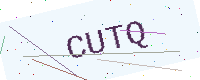
Text: CUTQ